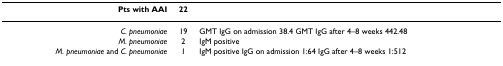
| Pts with AAI | 22 |  |
 | --- | --- | --- |
 | C. pneumoniae | 19 | GMT IgG on admission 38.4 GMT IgG after 4–8 weeks 442.48 |
 | M. pneumoniae | 2 | IgM positive |
 | M. pneumoniae and C. pneumoniae | 1 | IgM positive IgG on admission 1:64 IgG after 4–8 weeks 1:512 |